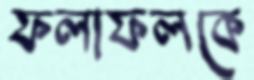
ফলাফলকে